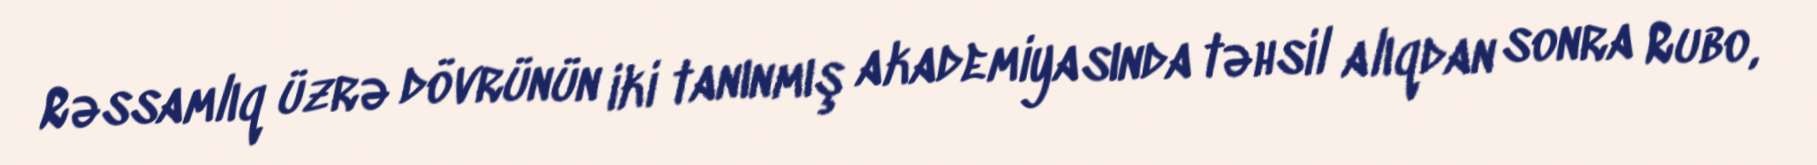
Rəssamlıq üzrə dövrünün iki tanınmış akademiyasında təhsil alıqdan sonra Rubo,